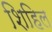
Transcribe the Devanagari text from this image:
शिहिल